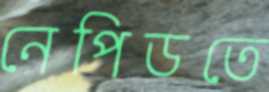
নেপিডতে